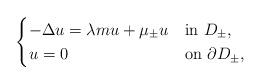
LaTeX: \begin{align*}\begin{cases}-\Delta u = \lambda m u + \mu_{\pm} u & \mbox{in} \ D_{\pm}, \\u = 0 & \mbox{on} \ \partial D_{\pm}, \end{cases}\end{align*}